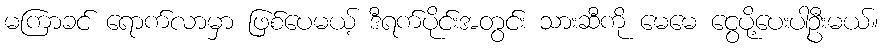
မကြာခင် ရောက်လာမှာ ဖြစ်ပေမယ့် ဒီရက်ပိုင်းအတွင်း သားဆီကို မေမေ ငွေပို့ပေးပါဦးမယ်။